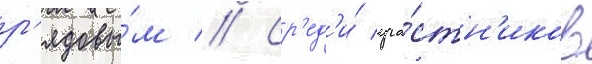
р'ядовы́м // Ср'ед'и́ уча́стн'иков